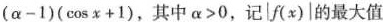
( α - 1) ( cosx + 1 ) ， 其中α>0，记| f ( x ) | 的最大值为